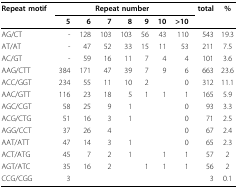
| Repeat motif | <COLSPAN=7> Repeat number | total | % |
 |  | 5 | 6 | 7 | 8 | 9 | 10 | >10 |  |  |
 | --- | --- | --- | --- | --- | --- | --- | --- | --- | --- |
 | AG/CT | - | 128 | 103 | 103 | 56 | 43 | 110 | 543 | 19.3 |
 | AT/AT | - | 47 | 52 | 33 | 15 | 11 | 53 | 211 | 7.5 |
 | AC/GT | - | 59 | 16 | 11 | 7 | 4 | 4 | 101 | 3.6 |
 | AAG/CTT | 384 | 171 | 47 | 39 | 7 | 9 | 6 | 663 | 23.6 |
 | ACC/GGT | 234 | 55 | 11 | 10 | 2 |  | 0 | 312 | 11.1 |
 | AAC/GTT | 116 | 23 | 18 | 5 | 1 | 1 | 1 | 165 | 5.9 |
 | AGC/CGT | 58 | 25 | 9 | 1 |  |  | 0 | 93 | 3.3 |
 | ACG/CTG | 51 | 16 | 3 | 1 |  |  | 0 | 71 | 2.5 |
 | AGG/CCT | 37 | 26 | 4 |  |  |  | 0 | 67 | 2.4 |
 | AAT/ATT | 47 | 14 | 3 | 1 |  |  | 0 | 65 | 2.3 |
 | ACT/ATG | 45 | 7 | 2 | 1 |  | 1 | 1 | 57 | 2 |
 | AGT/ATC | 35 | 16 | 2 |  | 1 | 1 | 1 | 56 | 2 |
 | CCG/CGG | 3 |  |  |  |  |  |  | 3 | 0.1 |